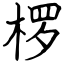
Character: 椤